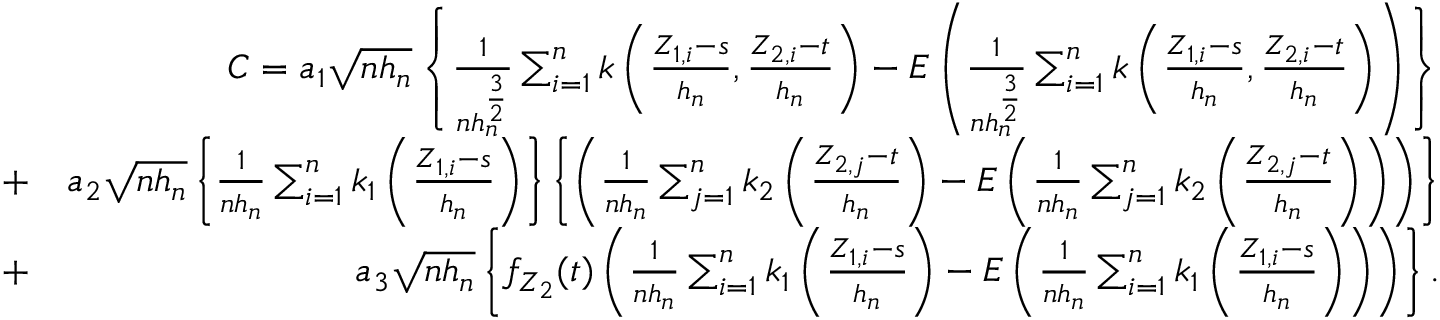
\begin{array} { r l r } & { } & { C = a _ { 1 } \sqrt { n h _ { n } } \left\{ \frac { 1 } { n h _ { n } ^ { \frac { 3 } { 2 } } } \sum _ { i = 1 } ^ { n } k \left( \frac { Z _ { 1 , i } - s } { h _ { n } } , \frac { Z _ { 2 , i } - t } { h _ { n } } \right) - E \left( \frac { 1 } { n h _ { n } ^ { \frac { 3 } { 2 } } } \sum _ { i = 1 } ^ { n } k \left( \frac { Z _ { 1 , i } - s } { h _ { n } } , \frac { Z _ { 2 , i } - t } { h _ { n } } \right) \right) \right\} } \\ & { + } & { a _ { 2 } \sqrt { n h _ { n } } \left\{ \frac { 1 } { n h _ { n } } \sum _ { i = 1 } ^ { n } k _ { 1 } \left( \frac { Z _ { 1 , i } - s } { h _ { n } } \right) \right\} \left\{ \left( \frac { 1 } { n h _ { n } } \sum _ { j = 1 } ^ { n } k _ { 2 } \left( \frac { Z _ { 2 , j } - t } { h _ { n } } \right) - E \left( \frac { 1 } { n h _ { n } } \sum _ { j = 1 } ^ { n } k _ { 2 } \left( \frac { Z _ { 2 , j } - t } { h _ { n } } \right) \right) \right) \right\} } \\ & { + } & { a _ { 3 } \sqrt { n h _ { n } } \left\{ f _ { Z _ { 2 } } ( t ) \left( \frac { 1 } { n h _ { n } } \sum _ { i = 1 } ^ { n } k _ { 1 } \left( \frac { Z _ { 1 , i } - s } { h _ { n } } \right) - E \left( \frac { 1 } { n h _ { n } } \sum _ { i = 1 } ^ { n } k _ { 1 } \left( \frac { Z _ { 1 , i } - s } { h _ { n } } \right) \right) \right) \right\} . } \end{array}